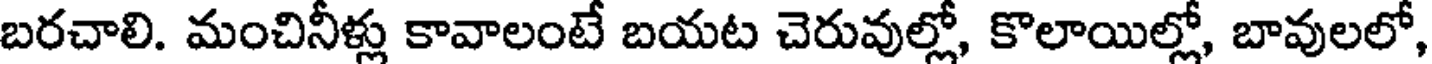
బరచాలి. మంచినీళ్లు కావాలంటే బయట చెరువుల్లో, కొలాయిల్లో, బావులలో,